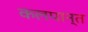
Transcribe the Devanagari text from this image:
कलपान्त